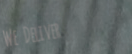
We Deliver